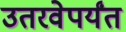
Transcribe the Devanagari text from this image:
उतरवेपर्यंत